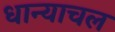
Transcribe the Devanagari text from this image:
धान्याचल